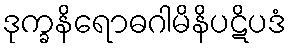
ဒုက္ခနိရောဓဂါမိနိပဋိပဒံ